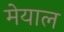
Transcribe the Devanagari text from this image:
मेयाल